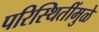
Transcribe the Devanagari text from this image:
परिस्थितींमुळे